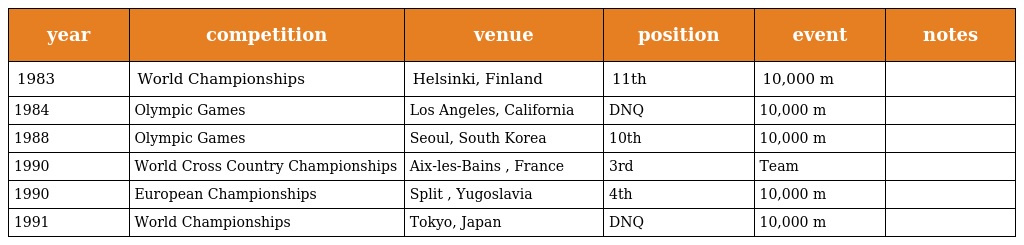
| year | competition | venue | position | event | notes |
 | --- | --- | --- | --- | --- | --- |
 | 1983 | World Championships | Helsinki, Finland | 11th | 10,000 m |  |
 | 1984 | Olympic Games | Los Angeles, California | DNQ | 10,000 m |  |
 | 1988 | Olympic Games | Seoul, South Korea | 10th | 10,000 m |  |
 | 1990 | World Cross Country Championships | Aix-les-Bains , France | 3rd | Team |  |
 | 1990 | European Championships | Split , Yugoslavia | 4th | 10,000 m |  |
 | 1991 | World Championships | Tokyo, Japan | DNQ | 10,000 m |  |